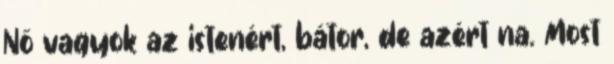
Nő vagyok az istenért, bátor, de azért na. Most